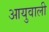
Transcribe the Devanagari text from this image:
आयुवाली